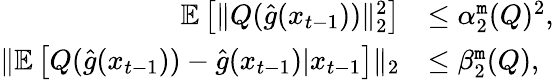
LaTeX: \begin{array}{rl}{\mathbb{E}\left[\| Q(\hat{g}(x_{t-1}))\| _{2}^{2}\right]}&{\leq\alpha_{2}^{\tt m}(Q)^{2},}\\ {\| \mathbb{E}\left[Q(\hat{g}(x_{t-1}))-\hat{g}(x_{t-1})|x_{t-1}\right]\| _{2}}&{\leq\beta_{2}^{\tt m}(Q),}\end{array}